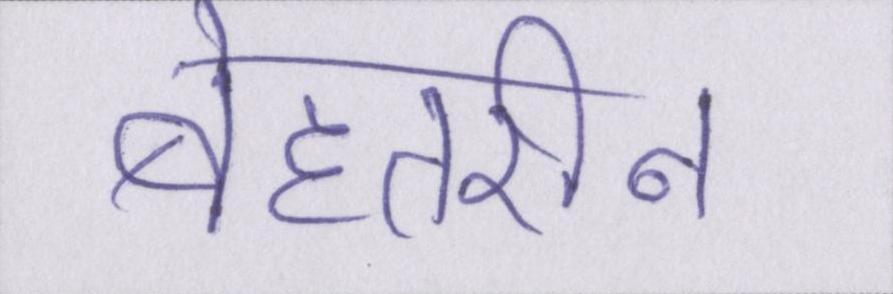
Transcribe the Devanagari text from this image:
बेहतरीन